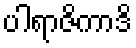
ပါရာဇိကာဒိ